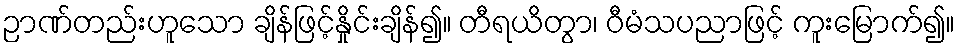
ဉာဏ်တည်းဟူသော ချိန်ဖြင့်နှိုင်းချိန်၍။ တီရယိတွာ၊ ဝီမံသပညာဖြင့် ကူးမြောက်၍။